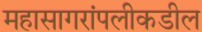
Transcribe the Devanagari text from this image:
महासागरांपलीकडील